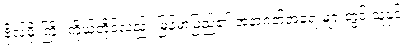
ဗိုလ်မိုးကြိုး ကိုယ်တိုင်လည်း မြန်မာပြည်၏ အနာဂတ်အရေးများတွင် သူနှင့်